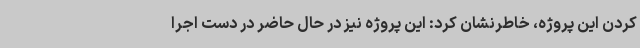
کردن این پروژه، خاطرنشان کرد: این پروژه نیز در حال حاضر در دست اجرا